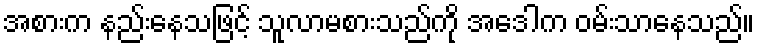
အစားက နည်းနေသဖြင့် သူလာမစားသည်ကို အေဒါက ဝမ်းသာနေသည်။